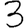
Digit: 3